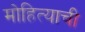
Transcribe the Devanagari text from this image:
मोहित्याची